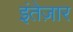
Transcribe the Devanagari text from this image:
इंतेज़ार